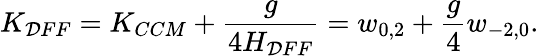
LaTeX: K_{\mathcal{D}FF}=K_{CCM}+\frac{{g}}{{4H_{\mathcal{D}FF}}}=w_{0,2}+{\frac{{g}}{{4}}}w_{-2,0}.